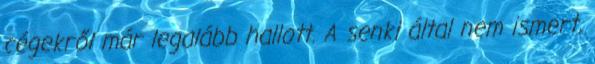
cégekről már legalább hallott. A senki által nem ismert,